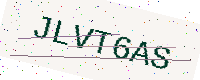
Text: JLVT6AS